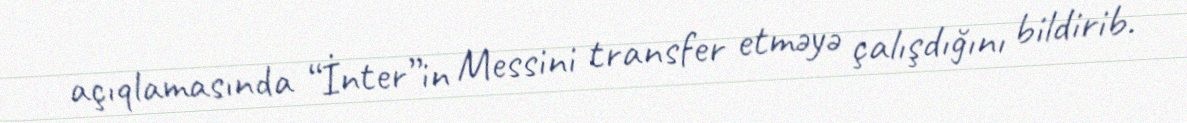
açıqlamasında “İnter”in Messini transfer etməyə çalışdığını bildirib.